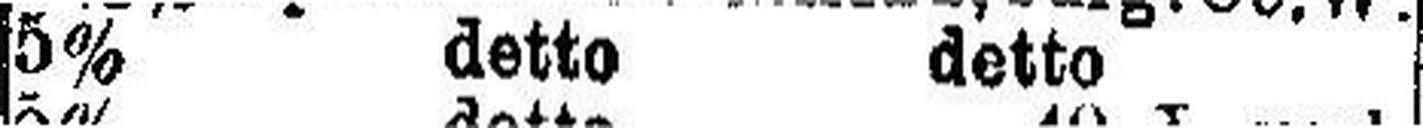
5% detto detto